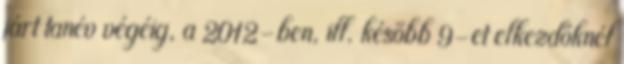
járt tanév végéig, a 2012-ben, ill. később 9-et elkezdőknél